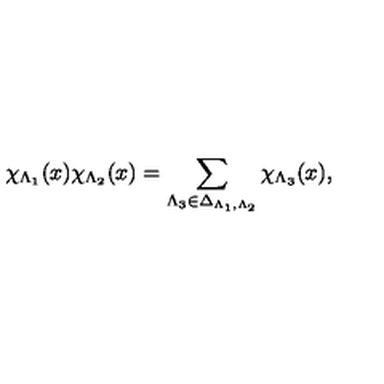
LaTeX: \chi _ { \Lambda _ { 1 } } ( x ) \chi _ { \Lambda _ { 2 } } ( x ) = \sum _ { \Lambda _ { 3 } \in \Delta _ { \Lambda _ { 1 } , \Lambda _ { 2 } } } \chi _ { \Lambda _ { 3 } } ( x ) ,